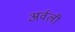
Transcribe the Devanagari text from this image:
अर्वली